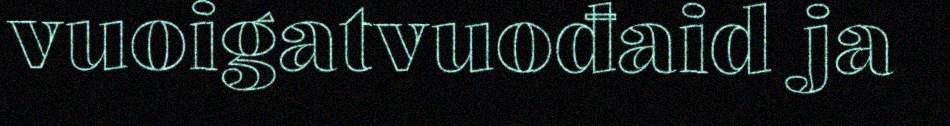
vuoigatvuođaid ja